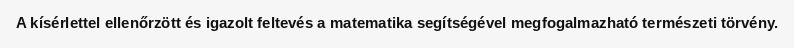
A kísérlettel ellenőrzött és igazolt feltevés a matematika segítségével megfogalmazható természeti törvény.